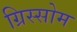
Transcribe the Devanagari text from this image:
ग्रिस्सोम